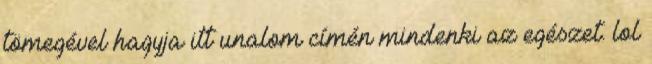
tömegével hagyja itt unalom címén mindenki az egészet. lol